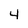
Character: 4